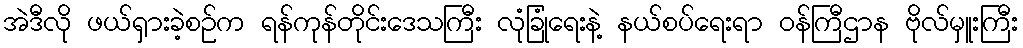
အဲဒီလို ဖယ်ရှားခဲ့စဉ်က ရန်ကုန်တိုင်းဒေသကြီး လုံခြုံရေးနဲ့ နယ်စပ်ရေးရာ ဝန်ကြီဌာန ဗိုလ်မှူးကြီး